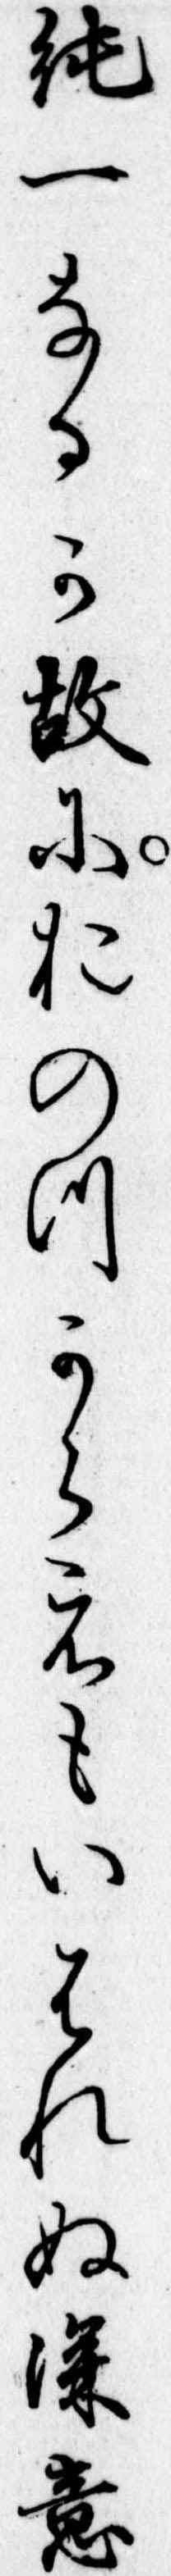
純一なるか故におのつからえもいはれぬ深意